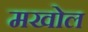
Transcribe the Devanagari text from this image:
मखोल